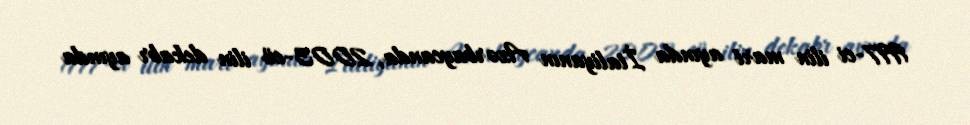
1997-ci ilin mart ayında İtaliyanın Azərbaycanda, 2003-cü ilin dekabr ayında